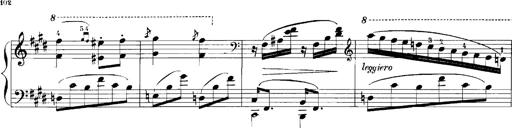
Title: Rhapsodies hongroises
Composer: Franz Liszt